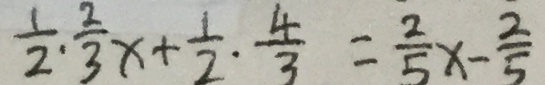
\frac { 1 } { 2 } \cdot \frac { 2 } { 3 } x + \frac { 1 } { 2 } \cdot \frac { 4 } { 3 } = \frac { 2 } { 5 } x - \frac { 2 } { 5 }